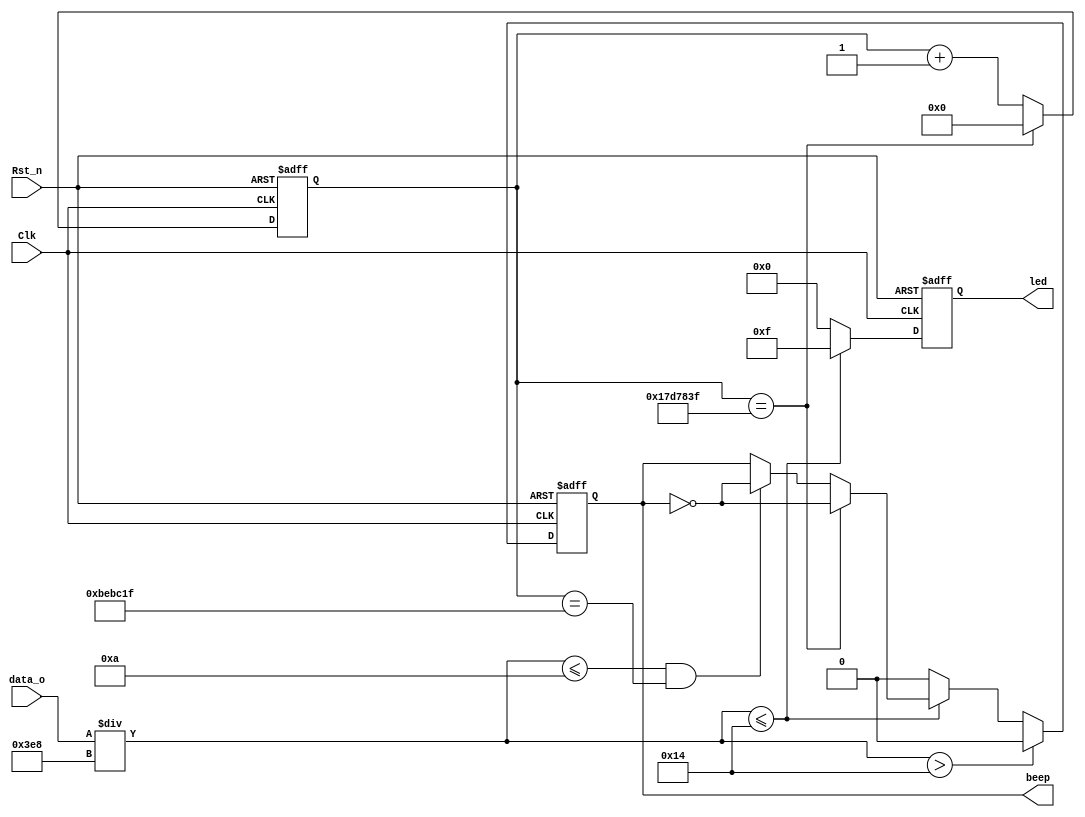
/*
---------------------------------------------------------
    Name:       beepled
    Author:     
    Date:       2023-6-1
    Time:       9:56
---------------------------------------------------------
    Software:   
                VS Code
*/
module beepled (
    input   wire        Clk,
    input   wire        Rst_n,
    input   wire [18:0] data_o,
    output  wire        beep,
    output  wire [3:0]  led
);

parameter	MAX1S	=	26'd2500_0000	;
parameter	MAX1_2S	=	26'd1250_0000	;
reg [25:0]	cnt1s						;
reg [25:0]  cnt1_2s                     ;
reg [3:0]	led_r						;
reg         beep_r                      ;

//1s
always @(posedge Clk or negedge Rst_n) begin
	if (!Rst_n) begin
		cnt1s <= 26'd0;						//
	end
	else if (cnt1s == MAX1S - 1'd1) begin
		cnt1s <= 26'd0;						//4999_9999
	end
	else begin
		cnt1s <= cnt1s + 1'd1;				//+1
	end
end

//0.5s
always @(posedge Clk or negedge Rst_n) begin
	if (!Rst_n) begin
		cnt1_2s <= 26'd0;						//
	end
	else if (cnt1s == MAX1_2S - 1'd1) begin
		cnt1_2s <= 26'd0;						//2499_9999
	end
	else begin
		cnt1_2s <= cnt1_2s + 1'd1;				//+1
	end
end

//led
always @(posedge Clk or negedge Rst_n) begin
    if (!Rst_n) begin
        led_r <= 4'b0000;
    end
    else if(data_o/1000 <= 20) begin
        led_r <= 4'b1111;
    end
    else begin
        led_r <= 4'b0000;
    end
end

//

always@(posedge Clk or negedge Rst_n)begin
	if(!Rst_n)begin//
		beep_r <= 1'b0;//0
	end
	else if (data_o/1000 > 20)begin
		beep_r <= 1'b0;
	end
	else if (data_o/1000 <= 20)begin
		if (cnt1s == MAX1S - 1'd1)begin
			beep_r <= ~beep_r;
		end
		else if (data_o/1000 <= 10 && cnt1s == MAX1_2S - 1'd1)begin
			beep_r <= ~beep_r;
		end
		else begin
			beep_r <= beep_r;
		end
	end
	else begin 
		beep_r <= 1'b0;// 
    end
end


assign beep = beep_r;
assign led = led_r;
endmodule